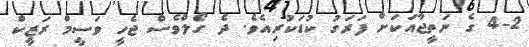
4-2 ގެ ނަތީޖާއަކަށް ފަރަގު ކުޑަކުރިއެވެ. ދެ ގޯލްވެސް ޖެހީ ވަސީމް ރަޒީކް